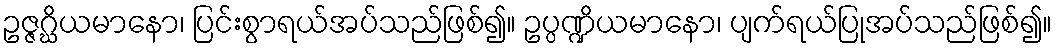
ဥဇ္ဇဂ္ဃိယမာနော၊ ပြင်းစွာရယ်အပ်သည်ဖြစ်၍။ ဥပ္ပဏ္ဍိယမာနော၊ ပျက်ရယ်ပြုအပ်သည်ဖြစ်၍။